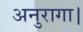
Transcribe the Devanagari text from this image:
अनुरागा।